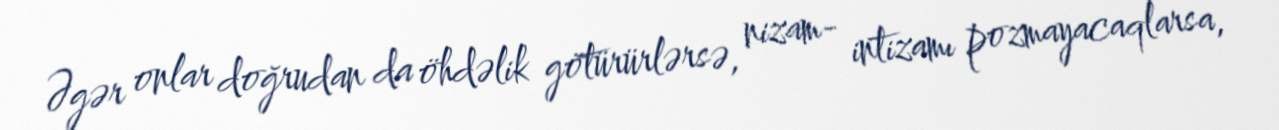
Əgər onlar doğrudan da öhdəlik götürürlərsə, nizam- intizamı pozmayacaqlarsa,